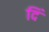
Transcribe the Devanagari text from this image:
दिं